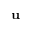
\mathbf { u }